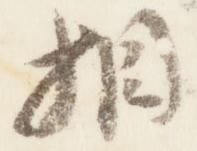
相